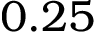
0 . 2 5